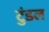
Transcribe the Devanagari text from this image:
टुंडल